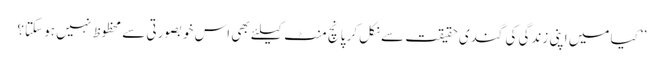
’’کیا میں اپنی زندگی کی گندی حقیقت سے نکل کر پانچ منٹ کیلئے بھی اس خوبصورتی سے محظوظ نہیں ہو سکتا؟